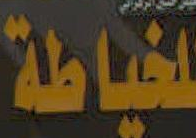
لخياطة